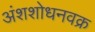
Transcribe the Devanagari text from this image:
अंशशोधनवक्र